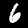
Digit: 6